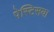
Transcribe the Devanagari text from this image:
पेस्टिसया